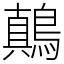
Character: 鷏